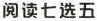
阋读七选五